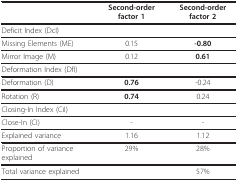
|  | Second-order factor 1 | Second-order factor 2 |
 | --- | --- | --- |
 | Deficit Index (DcI) |  |  |
 | Missing Elements (ME) | 0.15 | -0.80 |
 | Mirror Image (M) | 0.12 | 0.61 |
 | Deformation Index (DfI) |  |  |
 | Deformation (D) | 0.76 | -0.24 |
 | Rotation (R) | 0.74 | 0.24 |
 | Closing-In Index (CiI) |  |  |
 | Close-In (CI) | - | - |
 | Explained variance | 1.16 | 1.12 |
 | Proportion of variance explained | 29% | 28% |
 | Total variance explained |  | 57% |